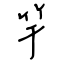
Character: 竿